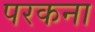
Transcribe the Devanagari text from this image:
परकना